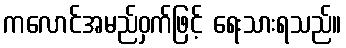
ကလောင်အမည်ဝှက်ဖြင့် ရေးသားရသည်။